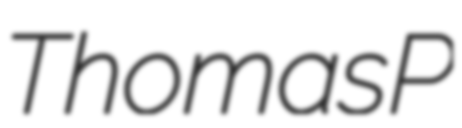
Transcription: Thomas P